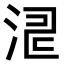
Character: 𣵬